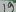
Text: 19